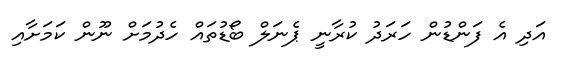
އަދި އެ ފަންޑުން ހަރަދު ކުރާނީ ޕެނަލް ބޯޑުތައް ހެދުމަށް ނޫން ކަމަށާއި